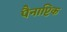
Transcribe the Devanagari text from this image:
पैनाप्टिक